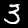
Digit: 3